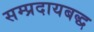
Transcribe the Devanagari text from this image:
सम्प्रदायबद्ध